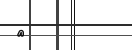
٦